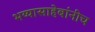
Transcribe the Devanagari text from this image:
भय्यासाहेबांनीच